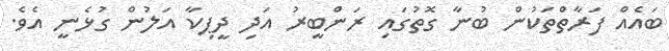
ބައެއް ފަރާތްތަކުން ބުނާ ގޮތުގައި ރަންބީރު އަދި ދީޕިކާ އަލުން ގުޅެނީ އެވެ.